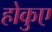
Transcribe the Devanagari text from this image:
होकुए